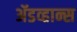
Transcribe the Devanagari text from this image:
ॲडव्हान्स